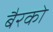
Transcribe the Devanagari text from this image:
बैरको